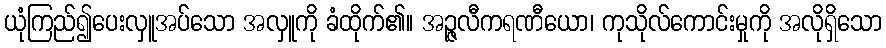
ယုံကြည်၍ပေးလှူအပ်သော အလှူကို ခံထိုက်၏။ အဉ္ဇလီကရဏီယော၊ ကုသိုလ်ကောင်းမှုကို အလိုရှိသော